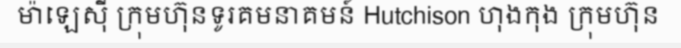
ម៉ាឡេស៊ី ក្រុមហ៊ុនទូរគមនាគមន៍ Hutchison ហុងកុង ក្រុមហ៊ុន